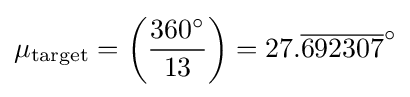
\mu _{\text{target}}=\left({\frac {360^{\circ }}{13}}\right)=27.{\overline {692307}}^{\circ }